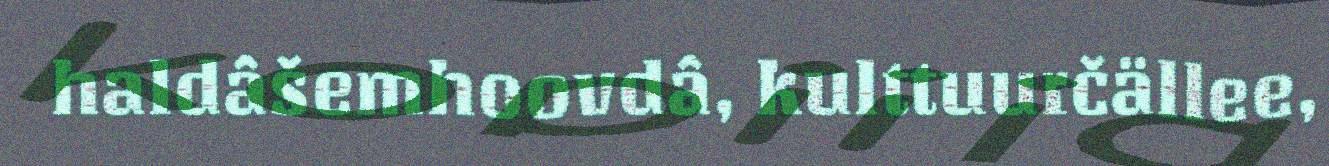
haldâšemhoovdâ, kulttuurčällee,